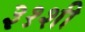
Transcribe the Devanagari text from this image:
३१शी